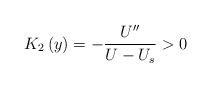
LaTeX: \begin{align*}K_{2}\left( y\right) =-\frac{U^{\prime\prime}}{U-U_{s}}>0\end{align*}